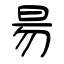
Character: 昜